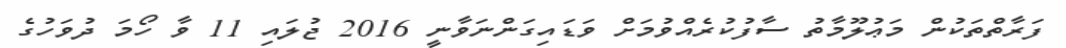
ފަރާތްތަކުން މަޢުލޫމާތު ސާފުކުރެއްވުމަށް ވަޑައިގަންނަވާނީ 2016 ޖުލައި 11 ވާ ހޯމަ ދުވަހުގެ